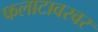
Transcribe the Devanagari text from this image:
फलाटावरवर